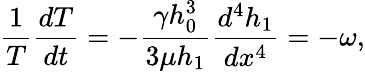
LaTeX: \frac{1}{T}\frac{dT}{dt}=-\frac{\gamma h_{0}^{3}}{3\mu h_{1}}\frac{d^{4}h_{1}}{dx^{4}}=-\omega,